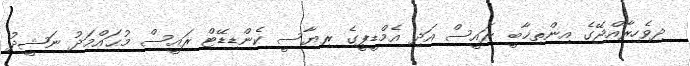
ދިވެހިރާއްޖޭގެ އިންތިޚާބީ ރައީސް އަދި އެމްޑީޕީގެ ރިޔާސީ ކެންޑިޑޭޓް ރައީސް މުޙައްމަދު ނަޝީދު